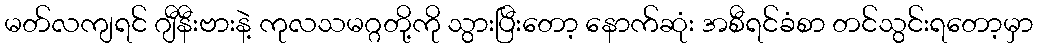
မတ်လကျရင် ဂျီနီးဗားနဲ့ ကုလသမဂ္ဂတို့ကို သွားပြီးတော့ နောက်ဆုံး အစီရင်ခံစာ တင်သွင်းရတော့မှာ